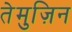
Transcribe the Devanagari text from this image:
तेमुज़िन